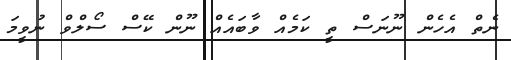
ނެތް އެހެން ނޫނަސް ތީ ކަމެއް ވާބައެއް ނޫން ކޭސް ސޯލްވް ނުވީމަ